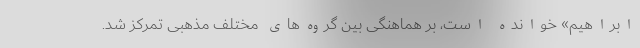
ابراهیم» خوانده است، بر هماهنگی بین گروه‌های مختلف مذهبی تمرکز شد.